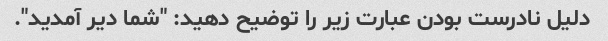
دلیل نادرست بودن عبارت زیر را توضیح دهید: "شما دیر آمدید".